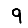
Digit: 9